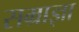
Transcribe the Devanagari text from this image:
सम्राज्ञा